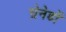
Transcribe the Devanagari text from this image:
ग्रेनेडों